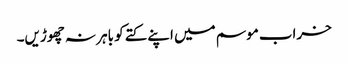
خراب موسم میں اپنے کتے کو باہر نہ چھوڑیں۔